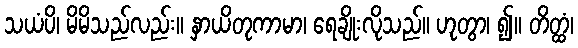
သယံပိ၊ မိမိသည်လည်း။ နှာယိတုကာမာ၊ ရေချိုးလိုသည်။ ဟုတွာ၊ ၍။ တိတ္ထံ၊